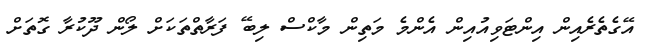
އޭގެތެރެއިން އިންޓަވިއުއިން އެންމެ މަތިން މާކްސް ލިބޭ ފަރާތްތަކަށް ލޯން ދޫކުރާ ގޮތަށް